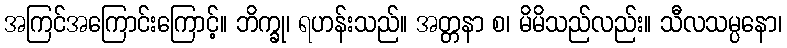
အကြင်အကြောင်းကြောင့်။ ဘိက္ခု၊ ရဟန်းသည်။ အတ္တနာ စ၊ မိမိသည်လည်း။ သီလသမ္ပနော၊